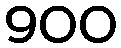
900